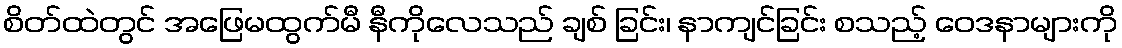
စိတ်ထဲတွင် အဖြေမထွက်မီ နီကိုလေသည် ချစ် ခြင်း၊ နာကျင်ခြင်း စသည့် ဝေဒနာများကို